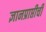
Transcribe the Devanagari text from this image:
ज्ञानप्राप्तीची